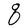
Character: q